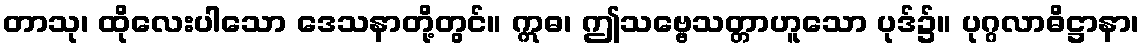
တာသု၊ ထိုလေးပါသော ဒေသနာတို့တွင်။ ဣဓ၊ ဤသဗ္ဗေသတ္တာဟူသော ပုဒ်၌။ ပုဂ္ဂလာဓိဋ္ဌာနာ၊